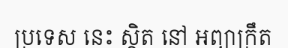
ប្រទេស នេះ ស្ថិត នៅ អព្យាក្រឹត